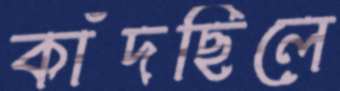
কাঁদছিলে